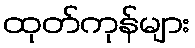
ထုတ်ကုန်များ